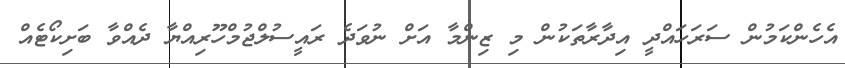
އެހެންކަމުން ސަރަހައްދީ އިދާރާތަކުން މި ޒިންމާ އަށް ނުވަދެ ރައީސުލްޖުމްހޫރިއްޔާ ދެއްވާ ބަށިކޯޓެއް